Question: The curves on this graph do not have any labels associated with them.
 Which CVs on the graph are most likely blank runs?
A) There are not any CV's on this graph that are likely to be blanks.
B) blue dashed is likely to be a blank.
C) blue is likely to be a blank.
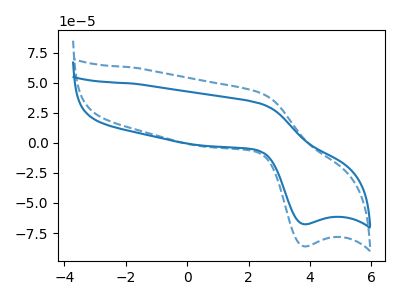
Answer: <think>The blue curve "blue" has an anodic peak at (2.40V, 32.65uA) and a cathodic peak at (3.80V, -67.65uA). The blue dashed curve "blue dashed" has an anodic peak at (2.40V, 41.55uA) and a cathodic peak at (3.80V, -86.05uA).</think>
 <answer>A) There are not any CV's on this graph that are likely to be blanks.</answer>
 <eval>A</eval>